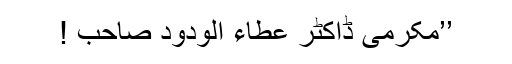
’’مکرمی ڈاکٹر عطاء الودود صاحب !